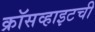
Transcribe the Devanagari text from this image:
क्रॉसव्हाइटची